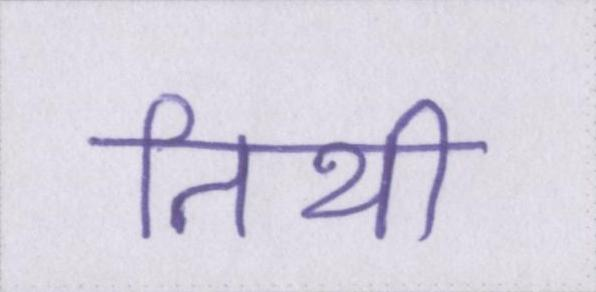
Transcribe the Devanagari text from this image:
तिथी